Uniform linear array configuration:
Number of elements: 12
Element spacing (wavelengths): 1
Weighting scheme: hann
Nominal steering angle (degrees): -60
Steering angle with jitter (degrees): -58.419
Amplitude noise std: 0.05
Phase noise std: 0.05

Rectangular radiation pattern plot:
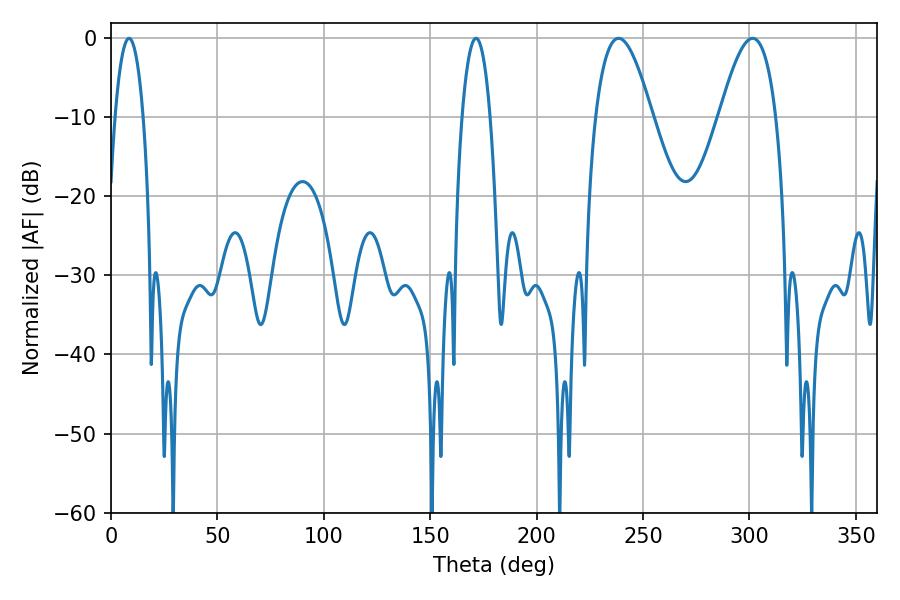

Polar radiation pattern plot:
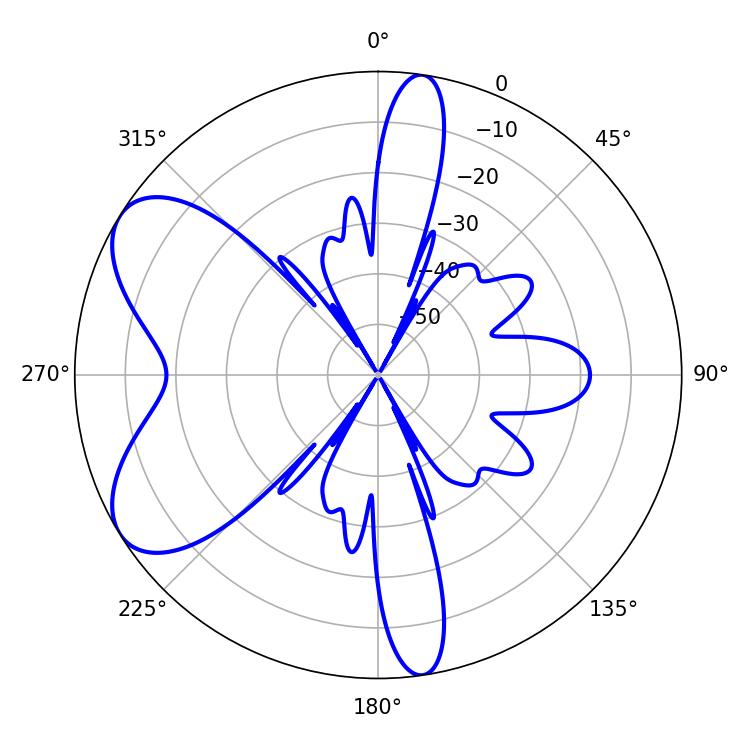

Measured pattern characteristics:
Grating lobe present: TRUE
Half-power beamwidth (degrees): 14.58
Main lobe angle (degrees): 238.5